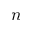
\boldsymbol { n }